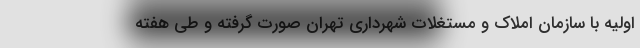
اولیه با سازمان املاک و مستغلات شهرداری تهران صورت گرفته و طی هفته